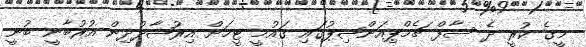
މީގެ ކުރީ ދެ ސާފް ޗެމްޕިއަންޝިޕުގައި ގައުމީ ޓީމަށް އިރުޝާދުދިން އުރުބާނީ ބުނީ